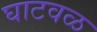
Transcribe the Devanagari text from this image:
घाटवळ